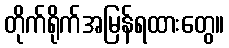
တိုက်ရိုက်အမြန်ရထားတွေ။